Scottish Leaving Certificate Examination, 1959
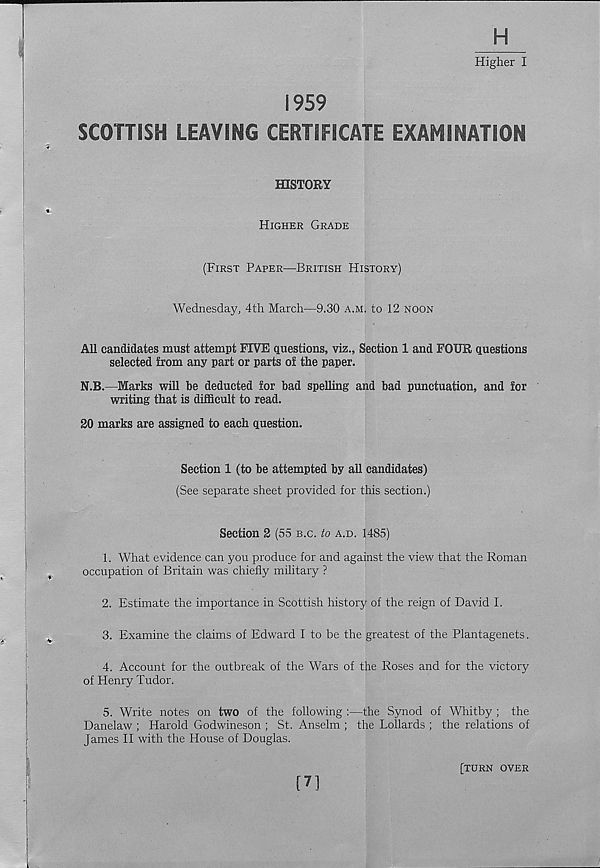
H
Higher I
1959
SCOTTISH LEAVING CERTIFICATE EXAMINATION
HISTORY
Higher Grade
(First Paper—British History)
Wednesday, 4th March—9.30 a.m. to 12 noon
All candidates must attempt FIVE questions, viz.. Section 1 and FOUR questions
selected from any part or parts of the paper.
N.B.—Marks will be deducted for bad spelling and bad punctuation, and for
writing that is difficult to read.
20 marks are assigned to each question.
Section 1 (to be attempted by all candidates)
(See separate sheet provided for this section.)
Section 2 (55 b.c. to a.d. 1485)
1. What evidence can you produce for and against the view that the Roman
occupation of Britain was chiefly military ?
2. Estimate the importance in Scottish history of the reign of David I.
3. Examine the claims of Edward I to be the greatest of the Plantagenets.
4. Account for the outbreak of the Wars of the Roses and for the victory
of Henry Tudor.
5. Write notes on two of the following :—the Synod of Whitby ; the
Danelaw ; Harold Godwineson ; St. Anselm ; the Lollards ; the relations of
James II with the House of Douglas.
[7]
[turn over